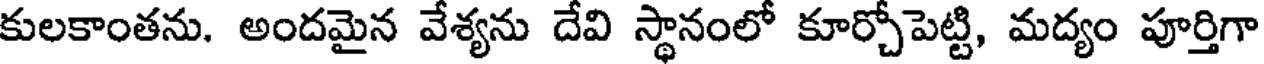
కులకాంతను. అందమైన వేశ్యను దేవి స్థానంలో కూర్చోపెట్టి, మద్యం పూర్తిగా